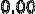
0.00